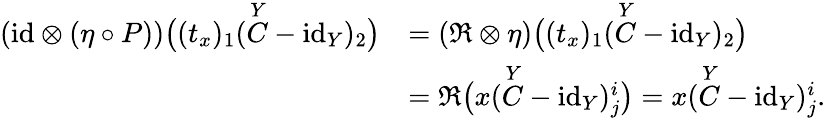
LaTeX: \begin{array}{rl}{(\mathrm{id}\otimes(\eta\circ P))\big((t_{x})_{1}(\overset{Y}{C}-\mathrm{id}_{Y})_{2}\big)}&{=(\mathfrak{R}\otimes\eta)\big((t_{x})_{1}(\overset{Y}{C}-\mathrm{id}_{Y})_{2}\big)}\\ &{=\mathfrak{R}\big(x(\overset{Y}{C}-\mathrm{id}_{Y})_{j}^{i}\big)=x(\overset{Y}{C}-\mathrm{id}_{Y})_{j}^{i}.}\end{array}